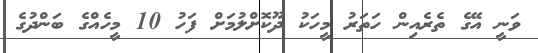
ވަނީ އޭގެ ތެރެއިން ހަތަރު މީހަކު ދޫކޮށްލުމަށް ފަހު 10 މީހެއްގެ ބަންދުގެ